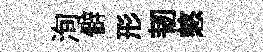
洵僻形韧憗